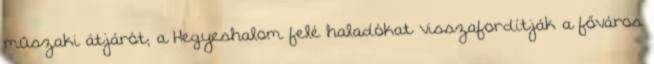
műszaki átjárót; a Hegyeshalom felé haladókat visszafordítják a főváros